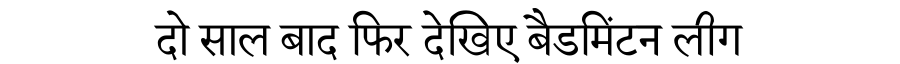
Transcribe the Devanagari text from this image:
दो साल बाद फिर देखिए बैडमिंटन लीग